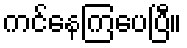
ကင်နေကြပေပြီ။